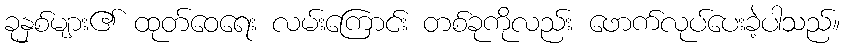
ခုနှစ်များ၏ ထုတ်ဝေရေး လမ်းကြောင်း တစ်ခုကိုလည်း ဖောက်လုပ်ပေးခဲ့ပါသည်။